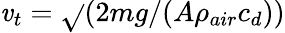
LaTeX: \mathit{v}_{t}=\sqrt{}{{(2mg/(A\rho_{air}c_{d}))}}